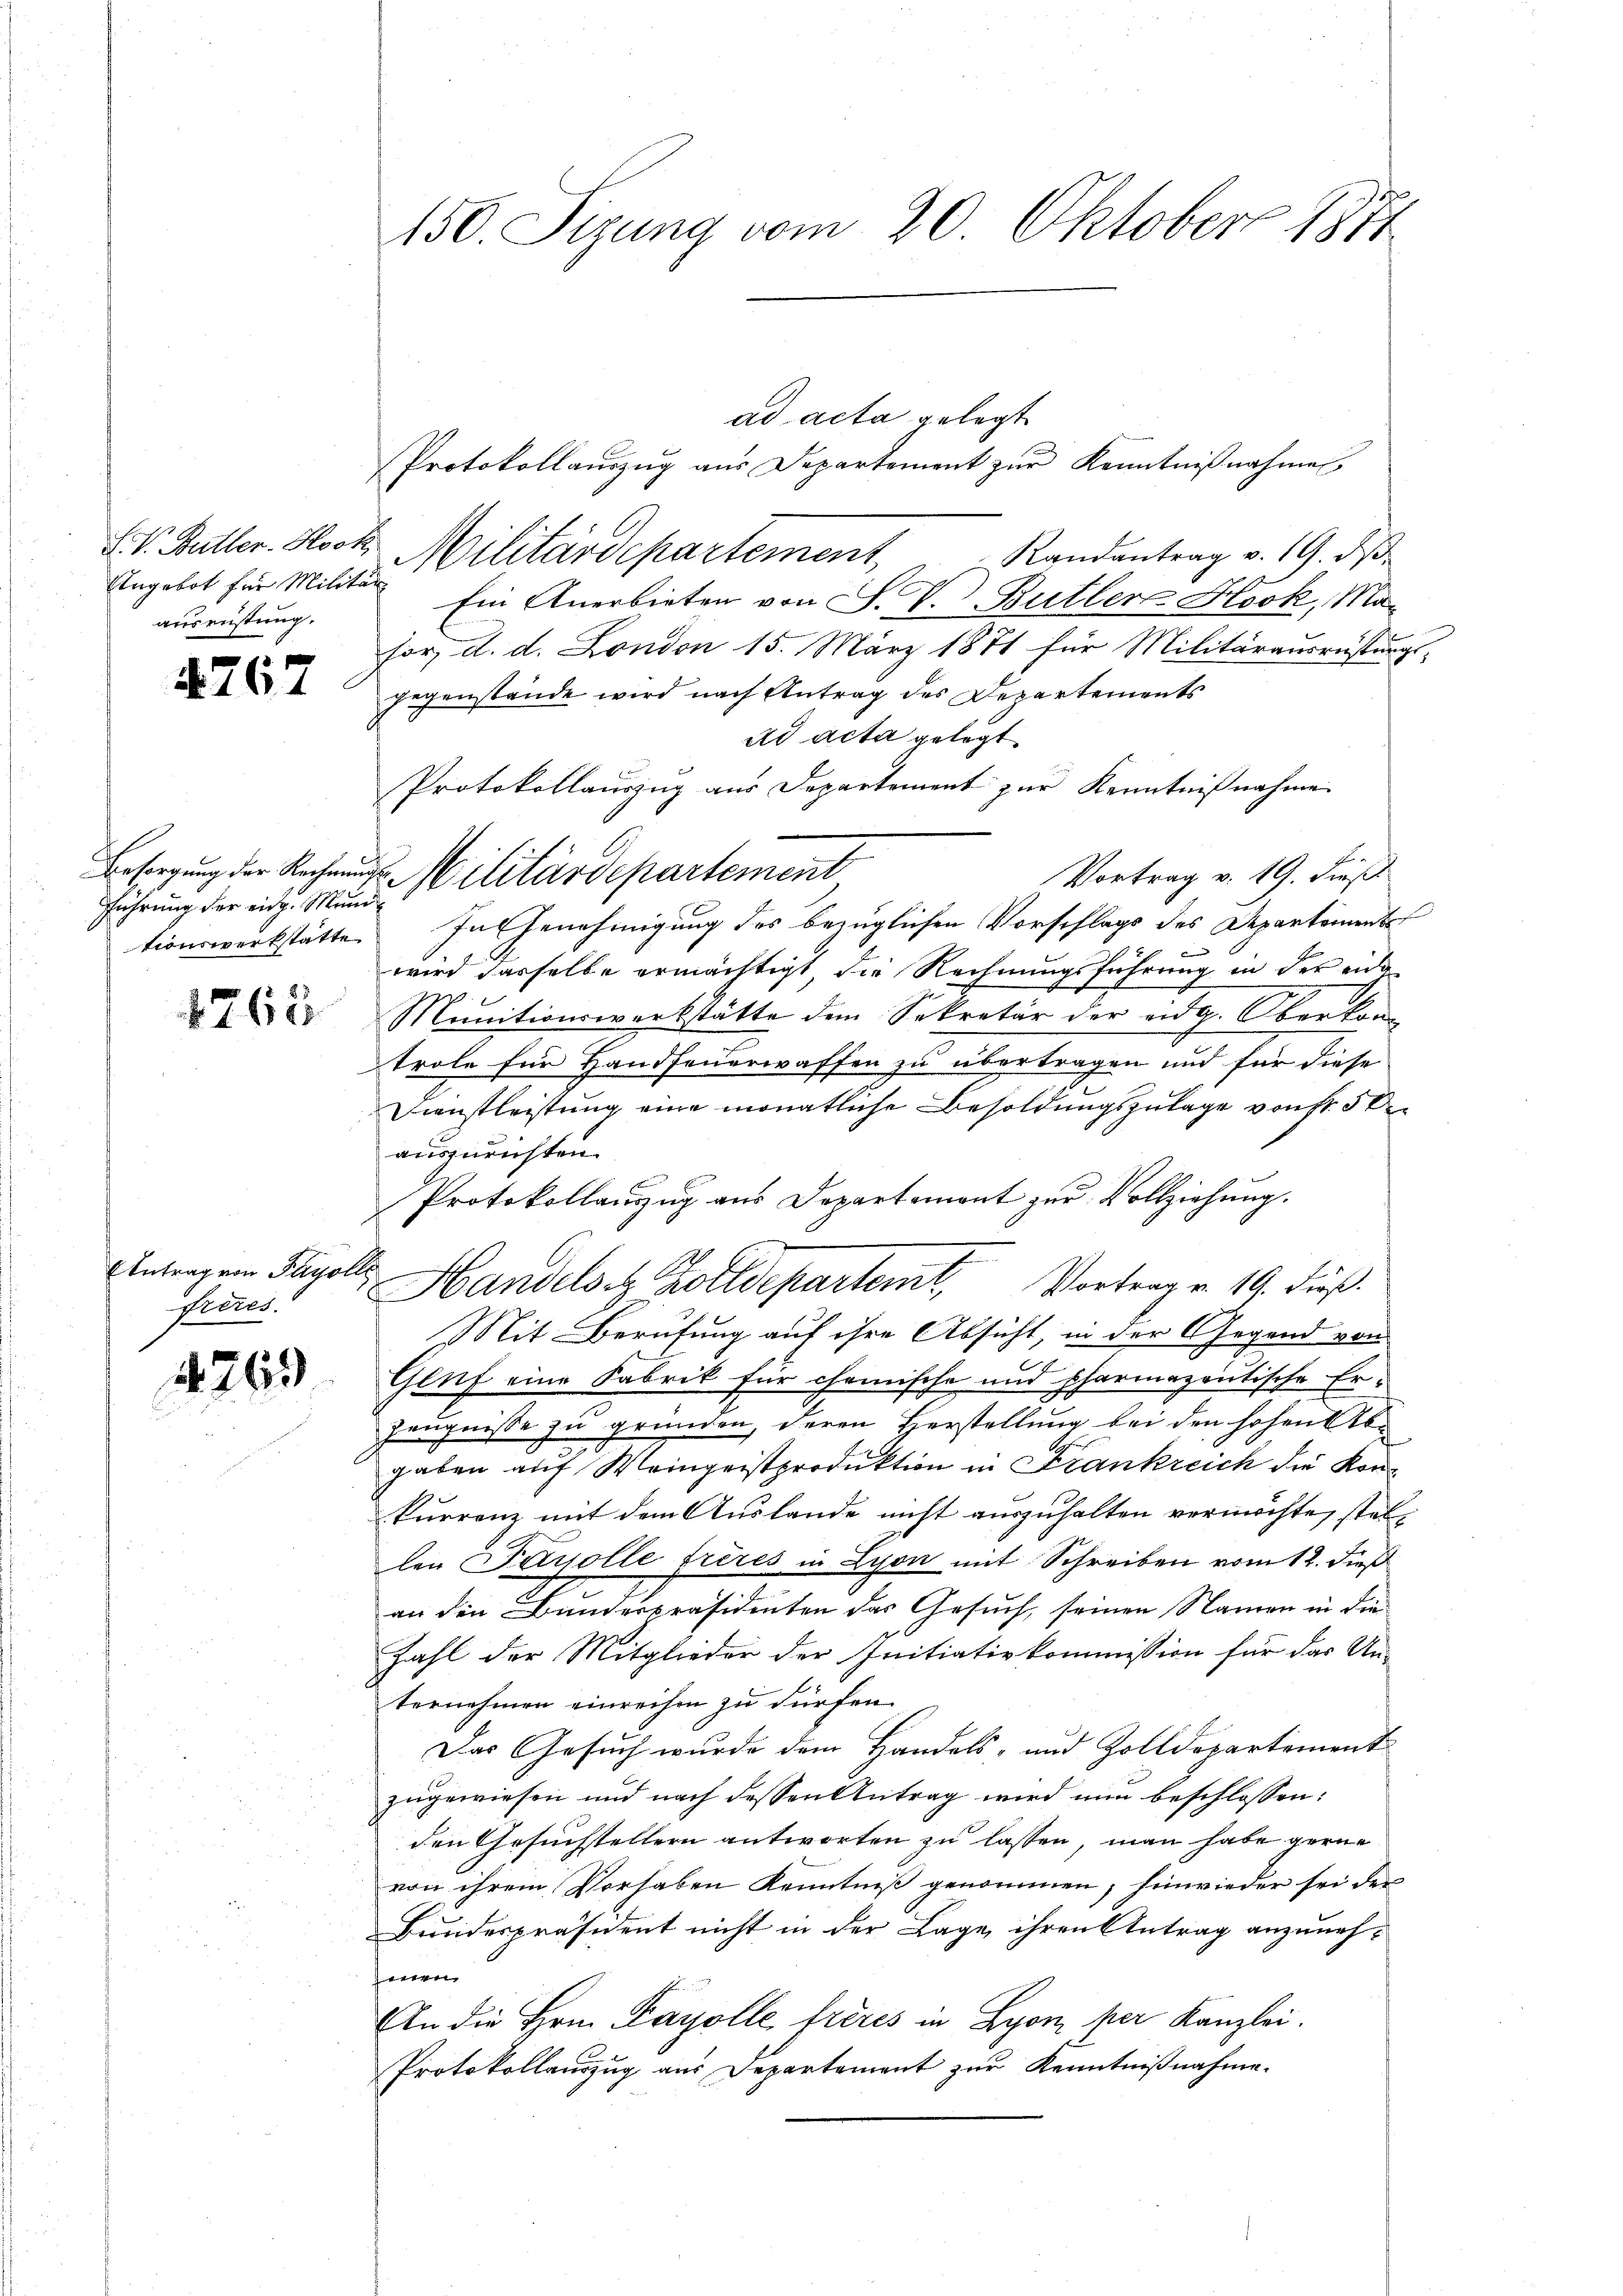
Ungebot für Militär
ausrüstung.

4767

Fführung der eidg. Mundtionswerkstätte.

1768

Antrag von Payolle
freres.

1763)

150. Sizung vom 20. Oktober 1871

ad acta gelegt
Protokollaŭszŭg ans Departement zŭr Kenntnißnahme
S. V. Butter. Hotz Militärdepartement Randantrag v. 19. d.
Ein Anerbieten von F. V. Bütler Hock, Mahor, d. d. London 15. März 1871 für Militärausrüstungs-
gegenstände wird nach Antrag des Departements
ad acta gelegt.
Protokollauszug aus Departement zur Kenntnißnahme
Vortrag v. 19. dieß
In Genehmigung des bezüglichen Vorschlags des Departements
wird dasselbe ermächtigt, die Rechnungsführung in der eide
Munitionswerkstätte dem Sekretär der eidg. Oberkom-
trole für Handfeuerwassen zu übertragen und für diese
Dienstleistung eine monatliche Besoldungszulage von Fr. 5 de
auszurichten.
Protokollauszug aus Departement zŭr Vollziehung.
Vortrag v. 19. dieß.
Handels z. Zolldepartemt,
Mit Berufung auf ihre Absicht, in der Gegend von
Gluf eine Fabrik für chemische und pharmazeutische Er¬
Zeugnisse zu gründen, deren Herstellung bei den hohen Kogaben auf Weingeistproduktion in Frankreich die Konkurrenz mit dem Auslande nicht auszuhalten vermöchte, stellen Parolle frères in Lyon mit Schreiben vom 12. dieß
an den Bundespräsidenten das Gesuch, seinen Namen in die
Zahl der Mitglieder der Initiativkommission für das Un-
ternehmen einreihen zu dürfen.
Das Gesuch wurde dem Handels- und Zolldepartement
zugewiesen und nach dessen Antrag wird nun beschlossen:
den Gesuchstellern antworten zu lassen, man habe gerne
von ihrem Vorhaben Kenntniß genommen, hinwieder sei der
Bundespräsident nicht in der Lage ihren Antrag anzuneh¬
Heeren
An die Hrn. Payolle frères in Lyon, per Kanzlei.
Protokollauszug aus Departement zur Kenntnißnahme.

Besorgung der Rechnŭngs-Militärdepartement